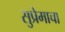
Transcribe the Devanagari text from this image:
सुप्रेमाचा